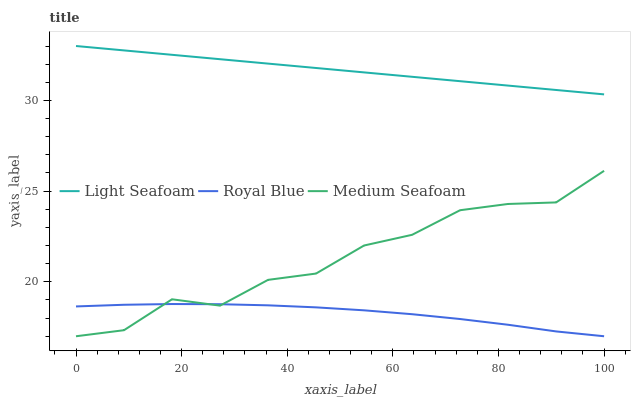
| xaxis_label | Light Seafoam | Royal Blue | Medium Seafoam |
 | --- | --- | --- | --- |
 | 0 | 33 | 18.6 | 17 |
 | 9.09 | 32.8 | 18.7 | 17.3 |
 | 18.2 | 32.5 | 18.8 | 19 |
 | 27.3 | 32.3 | 18.8 | 18.7 |
 | 36.4 | 32 | 18.7 | 20.1 |
 | 45.5 | 31.8 | 18.6 | 20.5 |
 | 54.5 | 31.5 | 18.4 | 22 |
 | 63.6 | 31.3 | 18.2 | 22.6 |
 | 72.7 | 31.1 | 17.9 | 23.9 |
 | 81.8 | 30.8 | 17.6 | 24.3 |
 | 90.9 | 30.6 | 17.3 | 24.4 |
 | 100 | 30.3 | 17 | 26.1 |